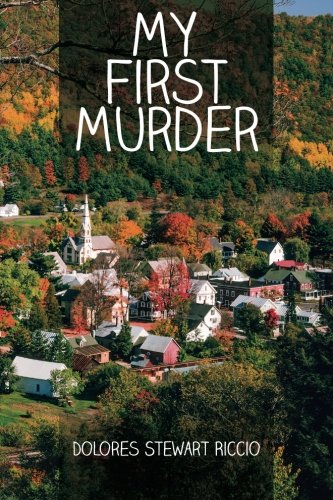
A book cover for My First Murder; Dolores Stewart Riccio; Mystery, Thriller & Suspense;